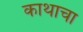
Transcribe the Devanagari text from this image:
काथाचा